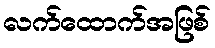
လက်ထောက်အဖြစ်